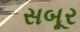
સબૂર